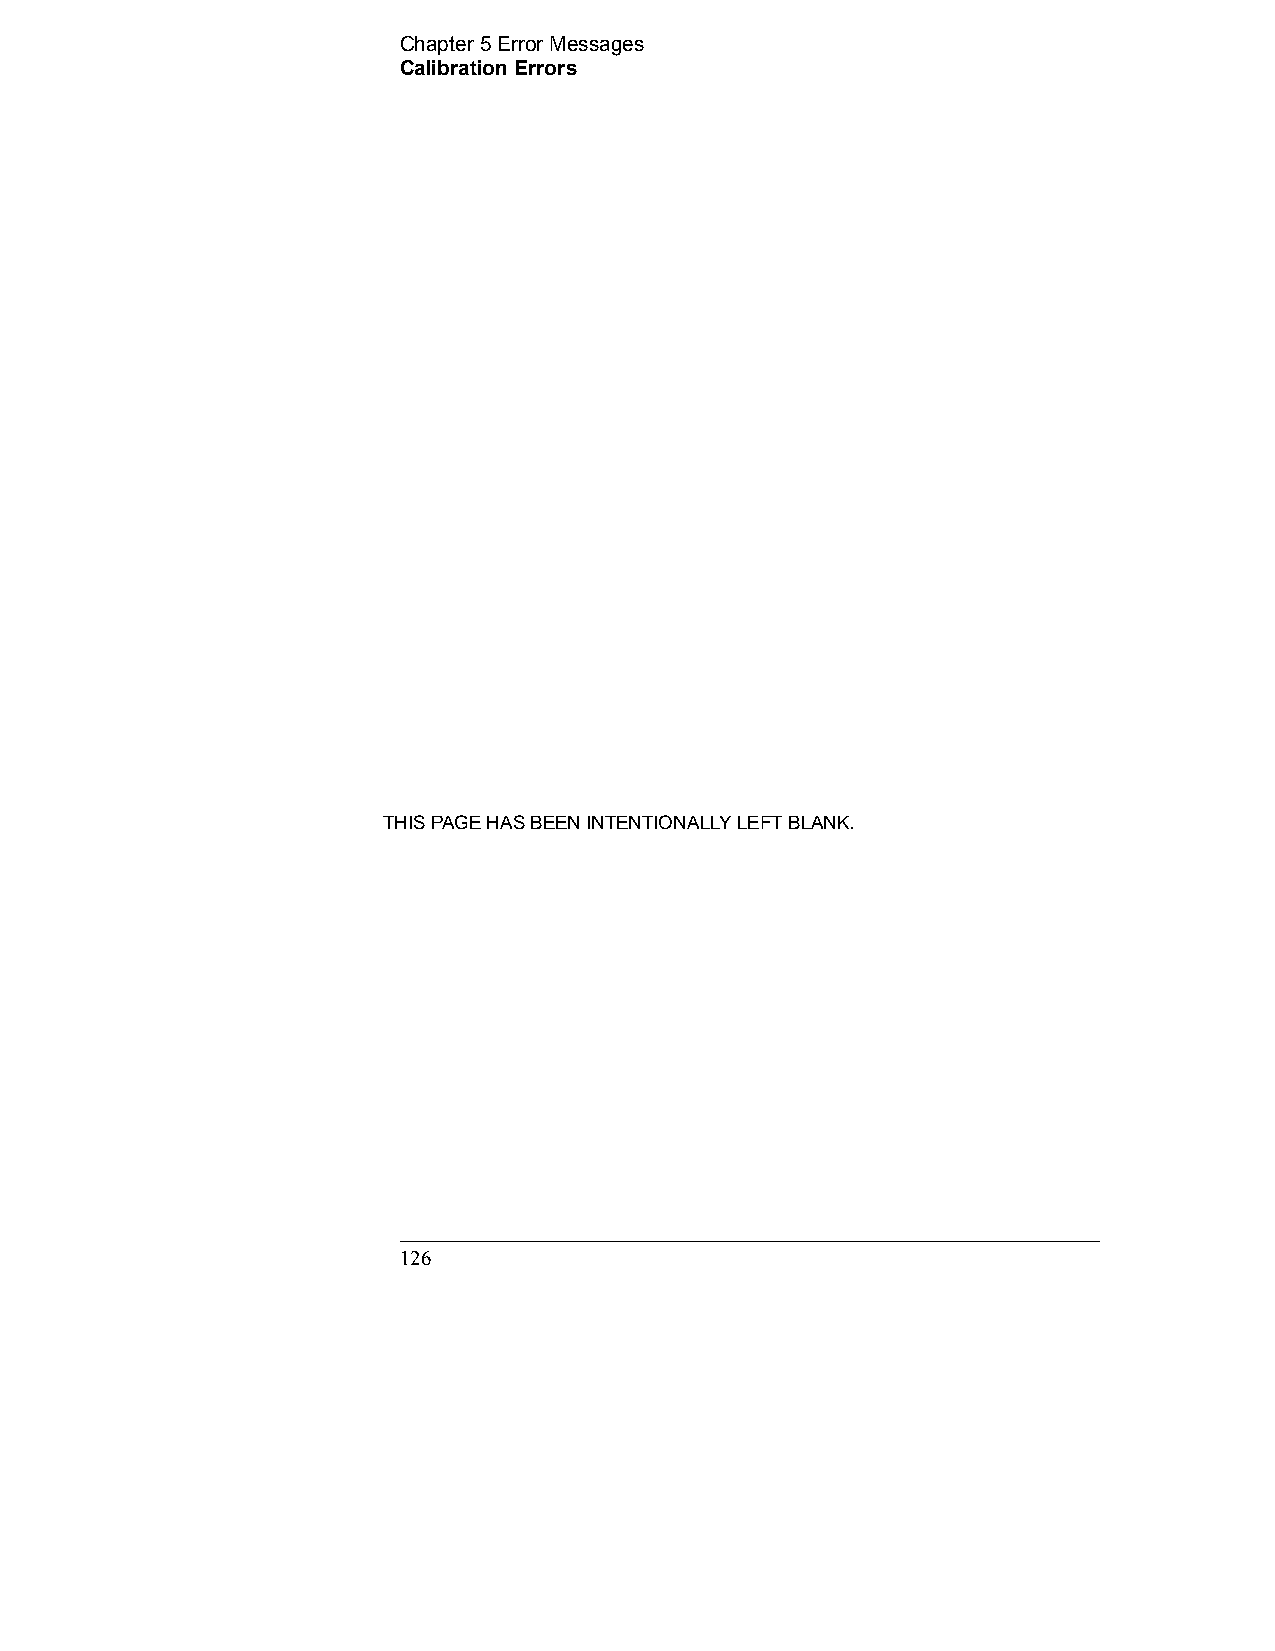
Chapter 5 Error Messages                
 Calibration Errors
 THIS PAGE HAS BEEN INTENTIONALLY LEFT BLANK.
 126                                            